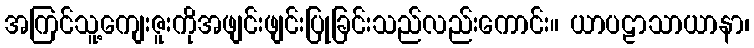
အကြင်သူ့ကျေးဇူးကိုအဖျင်းဖျင်းပြုခြင်းသည်လည်းကောင်း။ ယာပဠာသာယာနာ၊